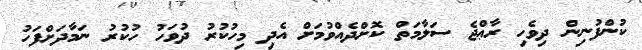
ކުންފުނިން ދިވެހި ރާޢްޖެ ސަލާމަތް ކޮށްދެއްވުމަށް އެދި މިހުކުރު ދުވަހު ހުކުރު ނަމާދަށްފަހު